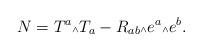
LaTeX: \begin{align*}N=T^a \mbox{\tiny $\wedge$} T_a - R_{ab}\mbox{\tiny $\wedge$}e^a\mbox{\tiny $\wedge$} e^b.\end{align*}